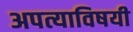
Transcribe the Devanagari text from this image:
अपत्याविषयी